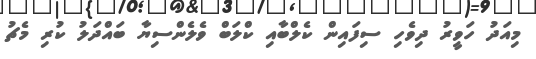
މިއަދު ހަވީރު ދިވެހި ސިފައިން ކެލްބާއި ކްލަބް ވެލެންސިޔާ ބައްދަލު ކުރި މެޗު